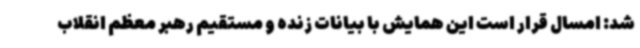
شد: امسال قرار است این همایش با بیانات زنده و مستقیم رهبر معظم انقلاب